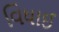
વિધાઈ